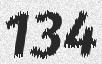
134